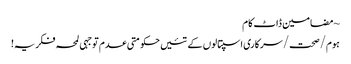
~ مضامین ڈاٹ کام
ہوم/صحت/سرکاری اسپتالوں کے تئیں حکومتی عدم توجہی لمحہ فکریہ!